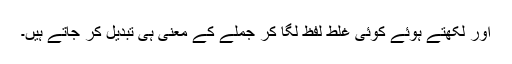
اور لکھتے ہوئے کوئی غلط لفظ لگا کر جملے کے معنی ہی تبدیل کر جاتے ہیں۔